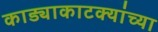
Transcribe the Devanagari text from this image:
काड्याकाटक्यांच्या